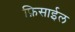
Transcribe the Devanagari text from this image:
फ़िसाईल